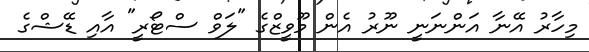
މިހާރު އޭނާ އަންނަނީ ނޫރު އެން މޫވީޒްގެ "ލަވް ސްޓޯރީ" އާއި ޑޭޝްގެ